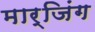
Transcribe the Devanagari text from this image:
मार्जिंग